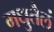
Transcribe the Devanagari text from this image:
मधुतैलं